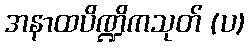
အနာထပိဏ္ဍိကသုတ် (ပ)